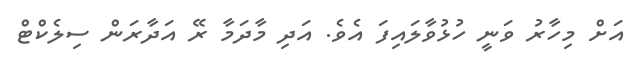
އަށް މިހާރު ވަނީ ހުޅުވާލައިފަ އެވެ. އަދި މާދަމާ ރޭ އަދާރަން ސިލެކްޓް